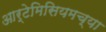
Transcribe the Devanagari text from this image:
आर्टेमिसियमच्या